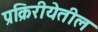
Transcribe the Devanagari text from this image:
प्रक्रिरीयेतील